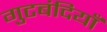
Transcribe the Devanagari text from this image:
गुटबंदियाँ